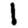
Digit: 1